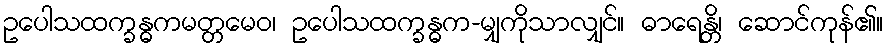
ဥပေါသထက္ခန္ဓကမတ္တမေဝ၊ ဥပေါသထက္ခန္ဓက-မျှကိုသာလျှင်။ ဓာရေန္တိ၊ ဆောင်ကုန်၏။